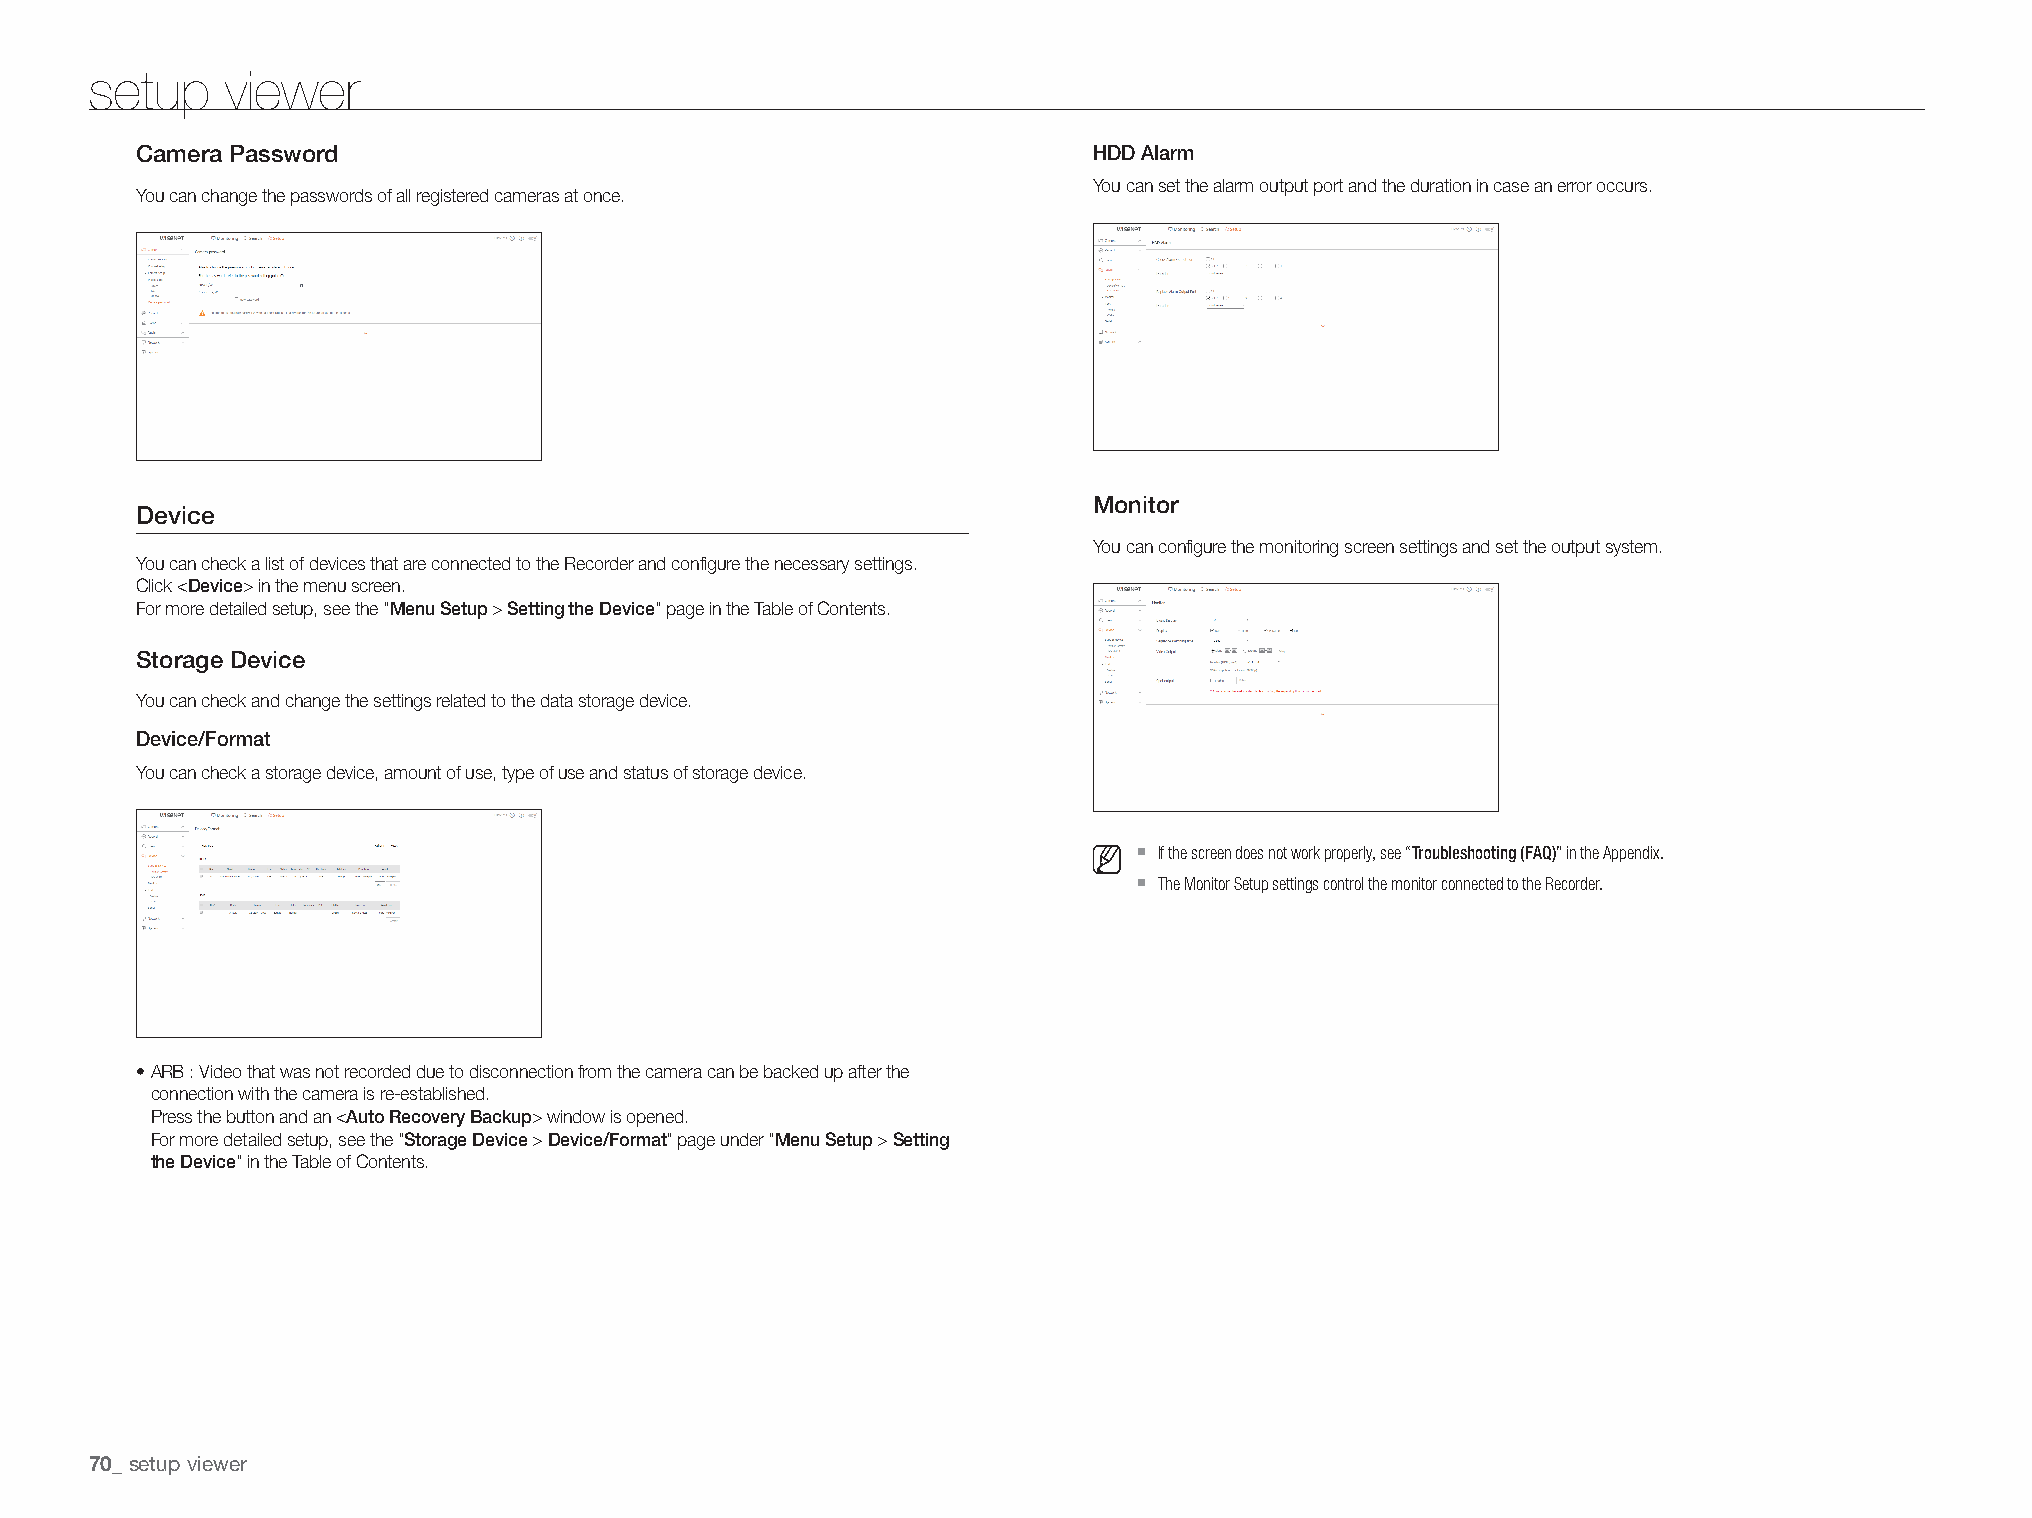
setup    viewer
 Camera password                                                hDD alarm
 You can set the alarm output port and the duration in case an error occurs.
 You can change the passwords of all registered cameras at once.
 Monitor
 Device
 You can configure the monitoring screen settings and set the output system.
 You can check a list of devices that are connected to the Recorder and configure the necessary settings.
 Click <Device> in the menu screen.
 For more detailed setup, see the "Menu Setup > Setting the Device" page in the Table of Contents.
 Storage Device
 You can check and change the settings related to the data storage device.
 Device/Format
 You can check a storage device, amount of use, type of use and status of storage device.
 `
 If the screen does not work properly, see “Troubleshooting (FAQ)” in the Appendix.
 `
 The Monitor Setup settings control the monitor connected to the Recorder.
 • ARB : Video that was not recorded due to disconnection from the camera can be backed up after the
 connection with the camera is re-established.
 Press the button and an <auto recovery Backup> window is opened.
 For more detailed setup, see the "Storage Device > Device/Format" page under "Menu Setup > Setting
 the Device" in the Table of Contents.
 setup viewer
 70_